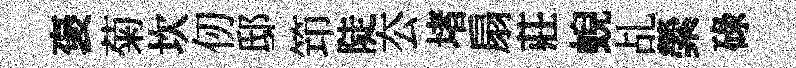
褒菊坎仞邸笻陡厺堵扇莊蜺乩縈碌